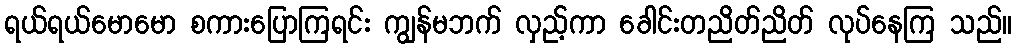
ရယ်ရယ်မောမော စကားပြောကြရင်း ကျွန်မဘက် လှည့်ကာ ခေါင်းတညိတ်ညိတ် လုပ်နေကြ သည်။